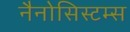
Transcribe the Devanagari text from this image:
नैनोसिस्टम्स